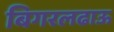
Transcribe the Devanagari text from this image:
बिगरलढाऊ